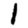
Digit: 1